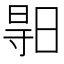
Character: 𣈗